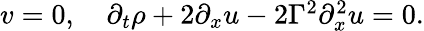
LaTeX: \begin{array}{r}{v=0,\quad\partial_{t}\rho+2\partial_{x}u-2\Gamma^{2}\partial_{x}^{2}u=0.}\end{array}